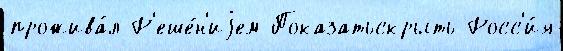
прожива́л Р'еше́н'иjем Показатьскрыть Росс'и́я